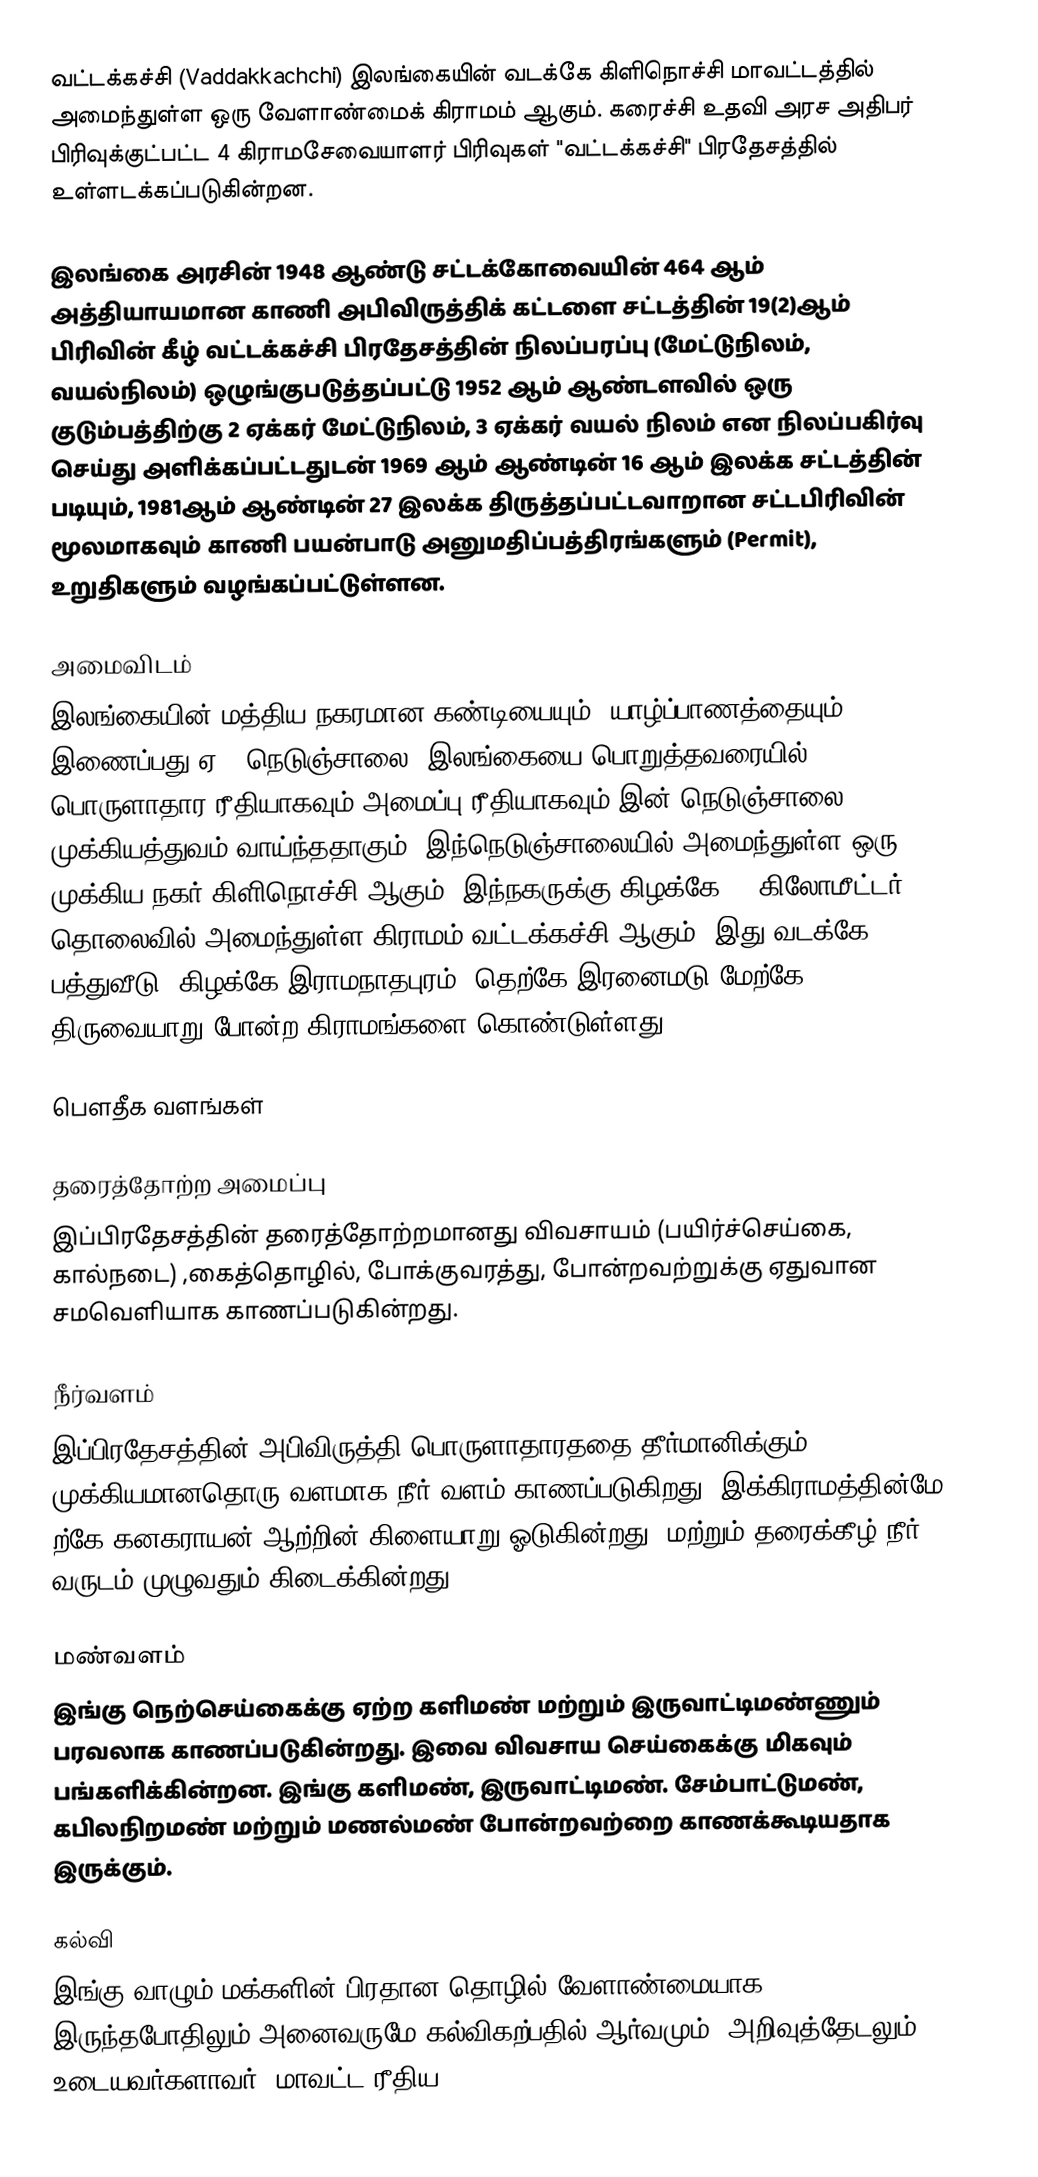
வட்டக்கச்சி (Vaddakkachchi) இலங்கையின் வடக்கே கிளிநொச்சி மாவட்டத்தில் அமைந்துள்ள ஒரு வேளாண்மைக் கிராமம் ஆகும். கரைச்சி உதவி அரச அதிபர் பிரிவுக்குட்பட்ட 4  கிராமசேவையாளர் பிரிவுகள் "வட்டக்கச்சி" பிரதேசத்தில் உள்ளடக்கப்படுகின்றன.

இலங்கை அரசின் 1948 ஆண்டு சட்டக்கோவையின் 464 ஆம் அத்தியாயமான காணி அபிவிருத்திக் கட்டளை சட்டத்தின் 19(2)ஆம் பிரிவின் கீழ் வட்டக்கச்சி பிரதேசத்தின் நிலப்பரப்பு (மேட்டுநிலம், வயல்நிலம்) ஒழுங்குபடுத்தப்பட்டு 1952 ஆம் ஆண்டளவில்  ஒரு குடும்பத்திற்கு 2 ஏக்கர் மேட்டுநிலம், 3 ஏக்கர் வயல் நிலம் என நிலப்பகிர்வு செய்து அளிக்கப்பட்டதுடன் 1969 ஆம் ஆண்டின் 16 ஆம் இலக்க சட்டத்தின் படியும், 1981ஆம் ஆண்டின் 27 இலக்க திருத்தப்பட்டவாறான சட்டபிரிவின் மூலமாகவும் காணி பயன்பாடு அனுமதிப்பத்திரங்களும் (Permit), உறுதிகளும் வழங்கப்பட்டுள்ளன.

அமைவிடம்
இலங்கையின் மத்திய நகரமான கண்டியையும், யாழ்ப்பாணத்தையும் இணைப்பது ஏ-9 நெடுஞ்சாலை. இலங்கையை பொறுத்தவரையில் பொருளாதார ரீதியாகவும்,அமைப்பு ரீதியாகவும் இன் நெடுஞ்சாலை முக்கியத்துவம் வாய்ந்ததாகும். இந்நெடுஞ்சாலையில் அமைந்துள்ள ஒரு முக்கிய நகர் கிளிநொச்சி ஆகும். இந்நகருக்கு கிழக்கே 11 கிலோமீட்டர் தொலைவில் அமைந்துள்ள கிராமம் வட்டக்கச்சி ஆகும். இது வடக்கே பத்துவீடு, கிழக்கே இராமநாதபுரம், தெற்கே இரனைமடு மேற்கே திருவையாறு போன்ற கிராமங்களை கொண்டுள்ளது.

பௌதீக வளங்கள்

தரைத்தோற்ற அமைப்பு
இப்பிரதேசத்தின் தரைத்தோற்றமானது விவசாயம் (பயிர்ச்செய்கை, கால்நடை) ,கைத்தொழில், போக்குவரத்து, போன்றவற்றுக்கு ஏதுவான சமவெளியாக காணப்படுகின்றது.

நீர்வளம்
இப்பிரதேசத்தின் அபிவிருத்தி,பொருளாதாரததை தீர்மானிக்கும் முக்கியமானதொரு வளமாக நீர் வளம் காணப்படுகிறது. இக்கிராமத்தின்மே ற்கே கனகராயன் ஆற்றின் கிளையாறு ஓடுகின்றது, மற்றும் தரைக்கீழ் நீர் வருடம் முழுவதும் கிடைக்கின்றது.

மண்வளம்
இங்கு நெற்செய்கைக்கு ஏற்ற களிமண் மற்றும் இருவாட்டிமண்ணும் பரவலாக காணப்படுகின்றது. இவை விவசாய செய்கைக்கு மிகவும் பங்களிக்கின்றன. இங்கு களிமண், இருவாட்டிமண். சேம்பாட்டுமண், கபிலநிறமண் மற்றும் மணல்மண் போன்றவற்றை காணக்கூடியதாக இருக்கும்.

கல்வி
இங்கு வாழும் மக்களின் பிரதான தொழில் வேளாண்மையாக இருந்தபோதிலும் அனைவருமே கல்விகற்பதில் ஆர்வமும், அறிவுத்தேடலும் உடையவர்களாவர். மாவட்ட ரீதிய